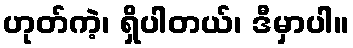
ဟုတ်ကဲ့၊ ရှိပါတယ်၊ ဒီမှာပါ။